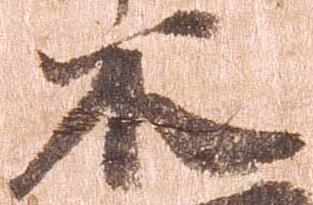
不